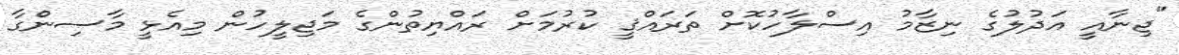
"ޖިނާއީ އަދުލުގެ ނިޒާމު އިސްލާހުކޮށް ތަރައްޤީ ކުރުމަށް ރައްޔިތުންގެ މަޖިލީހުން މިއެޅީ މާސިންގާ